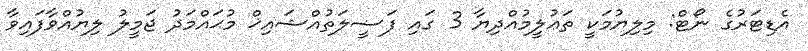
އެޑިޓަރުގެ ނޯޓް: މިލިޔުމަކީ ތަޢުލީމުއްދިޔާ 3 ގައި ފަޟީލަތުއްޝައިޚް މުޙައްމަދު ޖަމީލު ލިޔުއްވާފައިވާ